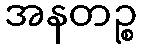
အနတဉ္စ